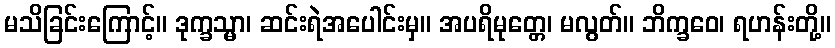
မသိခြင်းကြောင့်။ ဒုက္ခသ္မာ၊ ဆင်းရဲအပေါင်းမှ။ အပရိမုတ္တေ၊ မလွတ်။ ဘိက္ခဝေ၊ ရဟန်းတို့။